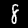
Label: 8